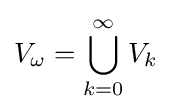
\displaystyle V_{\omega }=\bigcup _{k=0}^{\infty }V_{k}